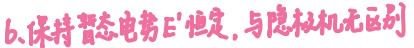
6. 保持暂态电势$E'$恒定，与隐极机无区别